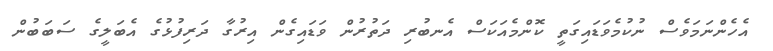
އެހެންނަމަވެސް ނުކުމެވަޑައިގަތީ ކޮންމެއަކަސް އެނބުރި ދަތުރުން ވަޑައިގެން އިރުގާ ދަރިފުޅުގެ އެބަލީގެ ސަބަބުން